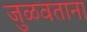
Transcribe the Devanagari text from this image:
जुळवताना